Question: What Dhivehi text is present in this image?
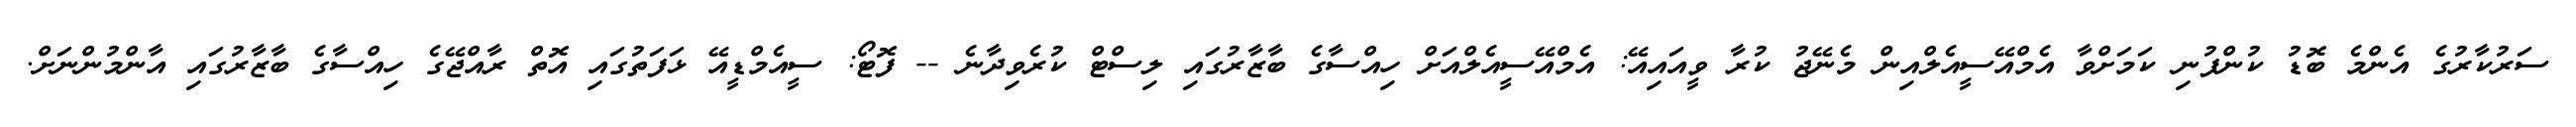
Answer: ސަރުކާރުގެ އެންމެ ބޮޑު ކުންފުނި ކަމަށްވާ އެމްއޭސީއެލްއިން މެނޭޖު ކުރާ ވީއައިއޭ: އެމްއޭސީއެލްއަށް ހިއްސާގެ ބާޒާރުގައި ލިސްޓް ކުރެވިދާނެ -- ފޮޓޯ: ސީއެމްޑީއޭ ޅަފަތުގައި އޮތް ރާއްޖޭގެ ހިއްސާގެ ބާޒާރުގައި އާންމުންނަށް.